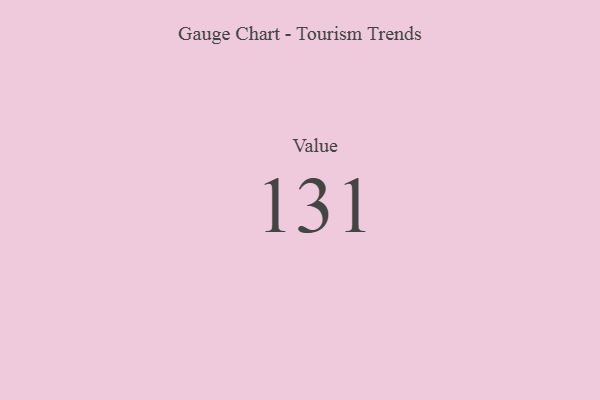
{"axis": {"x": "Metric", "y": "Value"}, "legend": [""], "data": [{"x": "Value", "y": 131, "type": ""}]}